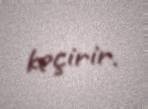
keçirir.